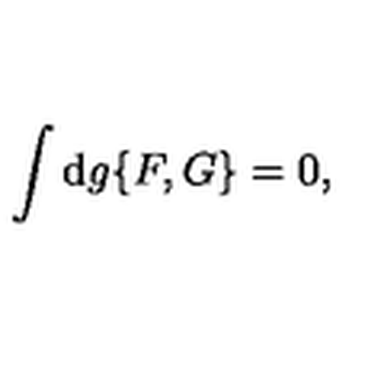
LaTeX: \int \mathrm { d } g \{ F , G \} = 0 ,